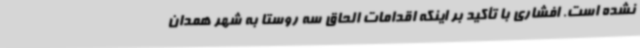
نشده است. افشاری با تأکید بر اینکه اقدامات الحاق سه روستا به شهر همدان